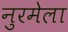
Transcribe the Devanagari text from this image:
नुरमेला